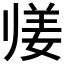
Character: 𱍴